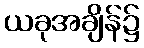
ယခုအချိန်၌